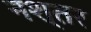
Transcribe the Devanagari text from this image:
नश्तर